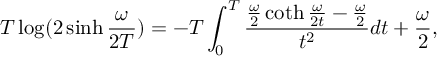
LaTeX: T \log ( 2 \sinh { \frac { \omega } { 2 T } } ) = - T \int _ { 0 } ^ { T } { \frac { { \frac { \omega } { 2 } } \coth { \frac { \omega } { 2 t } } - { \frac { \omega } { 2 } } } { t ^ { 2 } } } d t + { \frac { \omega } { 2 } } ,